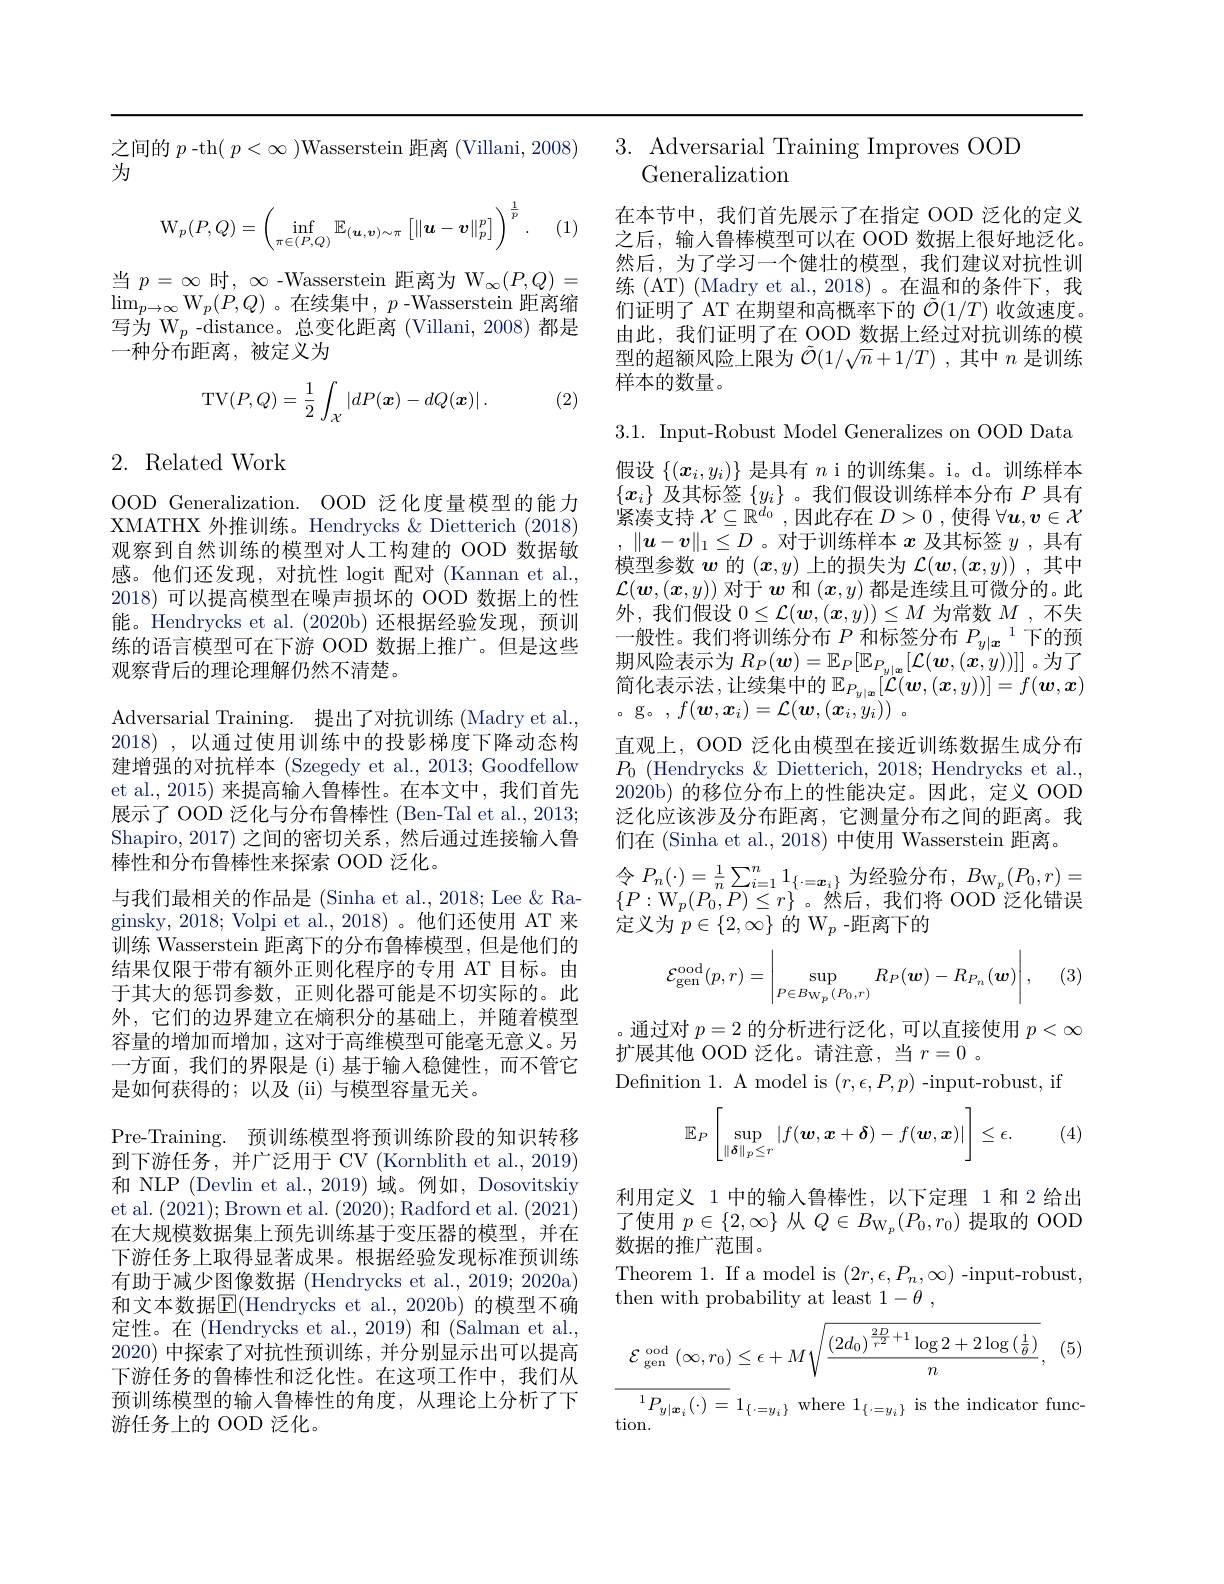
之间的 $p$ -th$(p<\infty)$Wasserstein 距离(Villani,2008)
为

(1)
$$\mathrm{W}_p(P,Q)=\left(\inf_{\pi\in(P,Q)}\mathbb{E}_{(\boldsymbol{u},\boldsymbol{v})\sim\pi}\left[\|\boldsymbol{u}-\boldsymbol{v}\|_p^p\right]\right)^{\frac{1}{p}}.$$
当$p=\infty$时，$\infty$ -Wasserstein 距离为 W$_\infty(P,Q)=$ $\operatorname*{lim}_{p\to\infty}\mathrm{W}_{p}(\ddot{P},Q)$。在续集中，$p$-Wasserstein 距离缩写为 W$_p$ -distance。总变化距离 (Villani, 2008) 都是一种分布距离，被定义为

(2)
$$\mathrm{TV}(P,Q)=\frac{1}{2}\int_{\mathcal{X}}|dP(\boldsymbol{x})-dQ(\boldsymbol{x})|\:.$$
## 2. Related Work

OOD Generalization. OOD 泛化度量模型的能力XMATHX 外推训练。Hendrycks &Dietterich (2018) 观察到自然训练的模型对人工构建的 OOD 数据敏感。他们还发现，对抗性 logit 配对(Kannan et al., 2018)可以提高模型在噪声损坏的 OOD 数据上的性能。Hendrycks et al.(2020b)还根据经验发现，预训练的语言模型可在下游 OOD 数据上推广。但是这些观察背后的理论理解仍然不清楚。
Adversarial Training. 提出了对抗训练 (Madry et al., 2018), 以通过使用训练中的投影梯度下降动态构建增强的对抗样本 (Szegedy et al., 2013; Goodfellow et al.,2015) 来提高输人鲁棒性。在本文中，我们首先展示了 OOD 泛化与分布鲁棒性 (Ben-Tal et al., 2013; Shapiro,2017)之间的密切关系，然后通过连接输入鲁棒性和分布鲁棒性来探索 OOD 泛化。
与我们最相关的作品是 (Sinha et al., 2018; Lee & Raginsky, 2018; Volpi et al., 2018)。他们还使用 AT 来训练 Wasserstein 距离下的分布鲁棒模型，但是他们的结果仅限于带有额外正则化程序的专用 AT 目标。由于其大的惩罚参数，正则化器可能是不切实际的。此外，它们的边界建立在熵积分的基础上，并随着模型容量的增加而增加，这对于高维模型可能毫无意义。另一方面，我们的界限是 (i) 基于输入稳健性，而不管它是如何获得的；以及(ii)与模型容量无关。
Pre-Training. 预训练模型将预训练阶段的知识转移到下游任务，并广泛用于 CV (Kornblith et al., 2019) 和 NLP (Devlin et al.,2019) 域。例如，Dosovitskiy et al. (2021);Brown et al. (2020);Radford et al.(2021) 在大规模数据集上预先训练基于变压器的模型，并在下游任务上取得显著成果。根据经验发现标准预训练有助于减少图像数据 (Hendrycks et al., 2019; 2020a) 和文本数据$\boxed{\mathrm{E}}($Hendrycks et al.,2020b)的模型不确定性。在 (Hendrycks et al., 2019) 和 (Salman et al., 2020)中探索了对抗性预训练，并分别显示出可以提高下游任务的鲁棒性和泛化性。在这项工作中，我们从预训练模型的输入鲁棒性的角度，从理论上分析了下游任务上的 OOD 泛化。

3. Adversarial Training Improves OOD

在本节中，我们首先展示了在指定 OOD 泛化的定义之后，输入鲁棒模型可以在 OOD 数据上很好地泛化。然后，为了学习一个健壮的模型，我们建议对抗性训练 (AT) (Madry et al.,2018)。在温和的条件下，我们证明了 AT 在期望和高概率下的$\tilde{\mathcal{O}}(1/T)$收敛速度。由此，我们证明了在 OOD 数据上经过对抗训练的模型的超额风险上限为$\tilde{\mathcal{O}}(1/\sqrt{n}+1/T)$ ,其中$n$是训练样本的数量。

Generalization
3.1. Input-Robust Model Generalizes on OOD Data 假设$\{(\boldsymbol{x}_i,y_i)\}$是具有$n$ i 的训练集。i。d。训练样本$\{x_i\}$及其标签$\{y_i\}$ 。我们假设训练样本分布$P$具有紧凑支持$\mathcal{X}\subseteq\mathbb{R}^d_0$ ,因此存在$D>0$ ,使得$\forall\boldsymbol u,\boldsymbol v\in\mathcal{X}$ $,\|\boldsymbol{u}-\boldsymbol{v}\|_1\leq D$ 。对于训练样本$x$及其标签$y$,具有模型参数$w$的$(x,y)$上的损失为$\mathcal{L}(\boldsymbol{w},(\boldsymbol{x},y))$ ,其中$\mathcal{L}(\boldsymbol{w},(\boldsymbol{x},y))$对于$\boldsymbol{w}$和$(\boldsymbol{x},y)$都是连续且可微分的。此外，我们假设$0\leq\mathcal{L}(\boldsymbol{w},(\boldsymbol{x},y))\leq M$为常数$M$ ,不失一般性。我们将训练分布$P$和标签分布$P_y|\boldsymbol{x}^1$下的预期风险表示为$R_P(\boldsymbol{w})=\mathbb{E}_P[\mathbb{E}_{P_{y|\boldsymbol{x}}}[\mathcal{L}(\boldsymbol{w},(\boldsymbol{x},y))]]$ 。为了简化表示法，让续集中的$\mathbb{E}_P_{y|\boldsymbol{x}}[\mathcal{L}(\boldsymbol{w},(\boldsymbol{x},y))]=f(\boldsymbol{w},\boldsymbol{x})$ 。g。$, f( \boldsymbol{w}, \boldsymbol{x}_i) = \mathcal{L} ( \boldsymbol{w}, ( \boldsymbol{x}_i, y_i) )$ 。
直观上，OOD 泛化由模型在接近训练数据生成分布$P_{0}\allowbreak ( {\mathrm{mod}} $rycks $\& )$ Dietterich, 2018; Hendrycks et al., 2020b)的移位分布上的性能决定。因此，定义 OOD 泛化应该涉及分布距离，它测量分布之间的距离。我们在 (Sinha et al., 2018) 中使用 Wasserstein 距离。
$\{P:\mathrm{W}_{p}(P_{0},P)\leq r\}$。然后，我们将 OOD 泛化错误定义为$p\in\{2,\infty\}$的$\mathrm{W}_{p}$ -距离下的
$$\mathcal{E}_{\mathrm{gen}}^{\mathrm{ood}}(p,r)=\left|\sup_{P\in B_{\mathrm{W}_{p}}(P_{0},r)}R_{P}(\boldsymbol{w})-R_{P_{n}}(\boldsymbol{w})\right|,$$
(3)

。通过对$p=2$的分析进行泛化，可以直接使用$p<\infty$
扩展其他 OOD 泛化。请注意，当$r=0$ 。
Definition 1. A model is $(r,\epsilon,P,p)$-input-robust, if

(4)
$$\mathbb{E}_P\left[\sup\limits_{\|\boldsymbol{\delta}\|_p\leq r}|f(\boldsymbol{w},\boldsymbol{x}+\boldsymbol{\delta})-f(\boldsymbol{w},\boldsymbol{x})|\right]\leq\epsilon.$$
利用定义 1 中的输入鲁棒性，以下定理 1 和 2 给出$\begin{array}{c}{\text{了使用 }p\in\{2,\infty\}\text{ 从 }Q\in B_{\mathrm{W}_{p}}(P_{0},r_{0})\text{ 提取的 OOD}}\\{\text{数据的推广范围。}}\end{array}$ Theorem 1. If a model is $(2r,\epsilon,P_{n},\infty)$-input-robust, then with probability at least $1- \theta$ ,

(5)
$$\mathcal{E}_{\text{gen}}^{\text{ood}}\left(\infty,r_0\right)\leq\epsilon+M\sqrt{\frac{\left(2d_0\right)^{\frac{2D}{r^2}+1}\log2+2\log\left(\frac{1}{\theta}\right)}{n}},$$
$^{1}P_{y|\boldsymbol{x}_i}(\cdot)=1_{\{\cdot=y_i\}}$where$1_\{\cdot=y_i\}$is the indicator func-
tion.